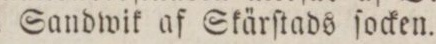
i Sandwik af Skärſtads ſocken.